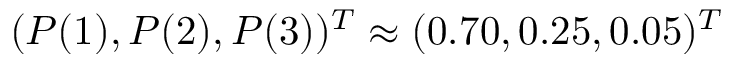
( P ( 1 ) , P ( 2 ) , P ( 3 ) ) ^ { T } \approx ( 0 . 7 0 , 0 . 2 5 , 0 . 0 5 ) ^ { T }